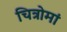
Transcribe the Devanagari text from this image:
चित्रोमां